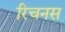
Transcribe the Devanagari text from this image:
रिचनस